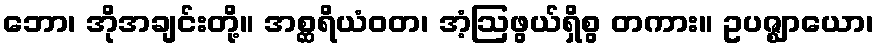
ဘော၊ အိုအချင်းတို့။ အစ္ဆရိယံဝတ၊ အံ့ဩဖွယ်ရှိစွ တကား။ ဥပဇ္ဈာယော၊